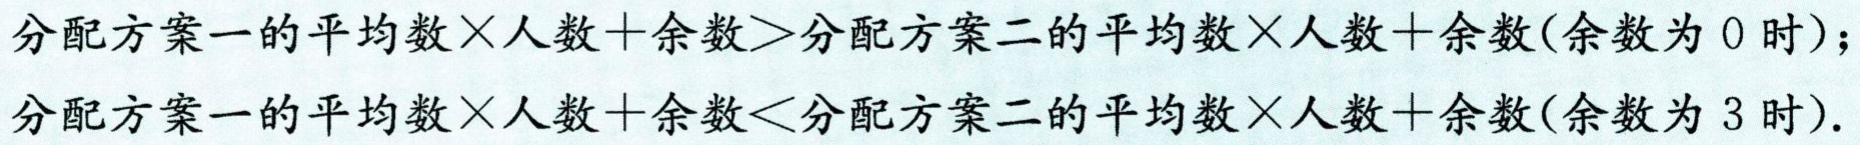
分配方案一的平均数×人数+余数>分配方案二的平均数×人数+余数(余数为 0 时)；

分配方案一的平均数×人数+余数<分配方案二的平均数×人数+余数(余数为 3 时).